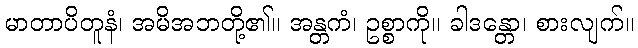
မာတာပိတူနံ၊ အမိအဘတို့၏။ အန္တကံ၊ ဥစ္စာကို။ ခါဒန္တော၊ စားလျက်။